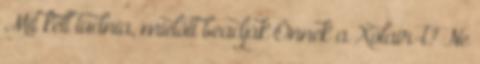
Mit kell tudnia, mielőtt beadják Önnek a Xolair-t? Ne